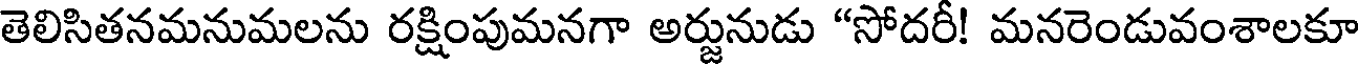
తెలిసితనమనుమలను రక్షింపుమనగా అర్జునుడు "సోదరీ! మనరెండువంశాలకూ